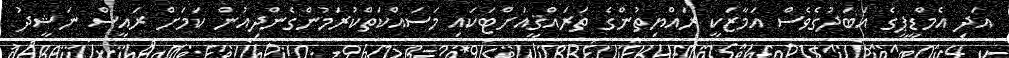
އަދި އެމްޑީޕީގެ އަބަދުގެވެސް އަމާޒަކީ ރައްޔިތުންގެ ތަރައްޤީއަށްޓަކައި މަސައްކަތްކުރަމުންގެންދިއުން ކަމަށް ރައީސް ނަޝީދު